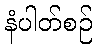
နံပါတ်စဉ်